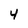
Character: 4